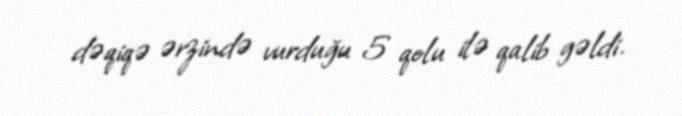
dəqiqə ərzində vurduğu 5 qolu ilə qalib gəldi.